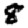
Digit: 8